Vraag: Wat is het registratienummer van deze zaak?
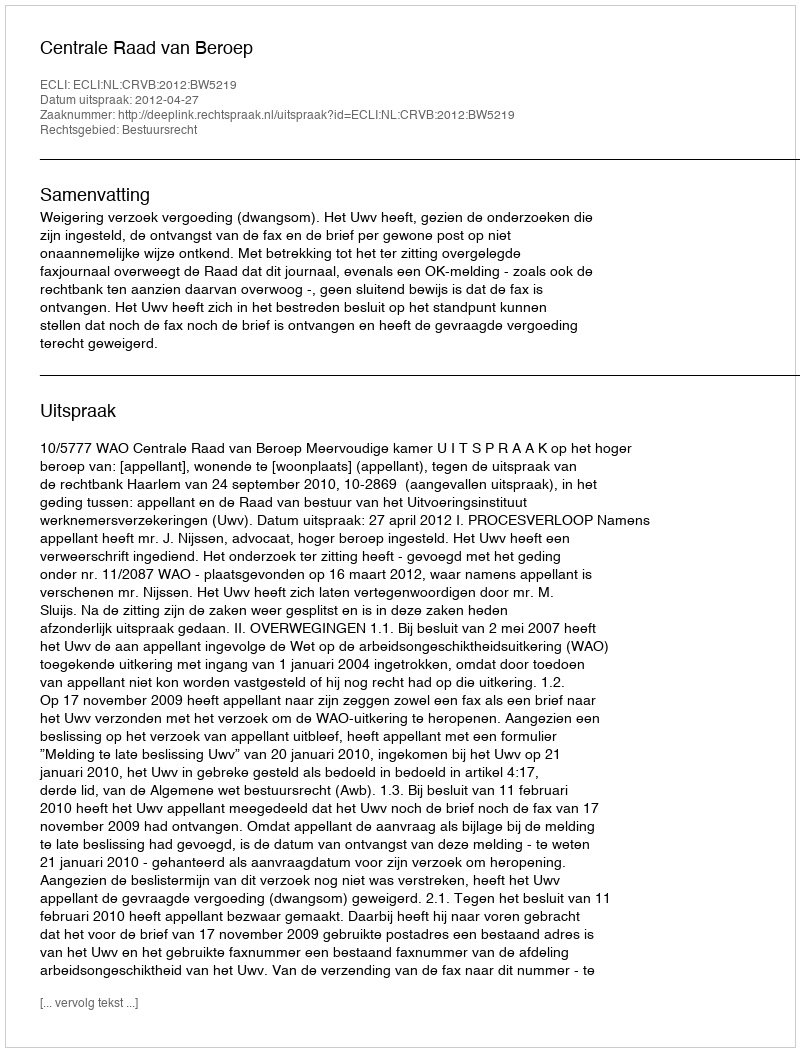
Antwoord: http://deeplink.rechtspraak.nl/uitspraak?id=ECLI:NL:CRVB:2012:BW5219